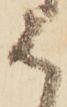
は